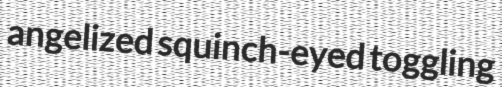
angelized squinch-eyed toggling